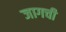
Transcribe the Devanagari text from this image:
जागची